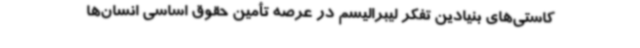
کاستی‌های بنیادین تفکر لیبرالیسم در عرصه‌ تأمین حقوق اساسی انسان‌ها